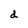
Character: d